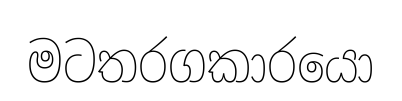
මටතරගකාරයො